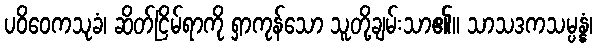
ပဝိဝေကသုခံ၊ ဆိတ်ငြိမ်ရာကို ရှာကုန်သော သူတို့ချမ်းသာ၏။ သာသဒကသမ္ပန္နံ၊